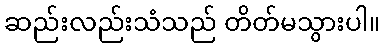
ဆည်းလည်းသံသည် တိတ်မသွားပါ။